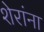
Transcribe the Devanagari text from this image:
शेरांना